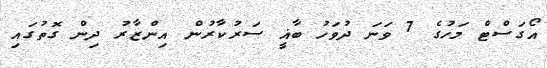
އޯގަސްޓް މަހުގެ 7 ވަނަ ދުވަހު ބާޣީ ސަރުކާރުން އިންޒާރު ދިން ގޮތުގައި